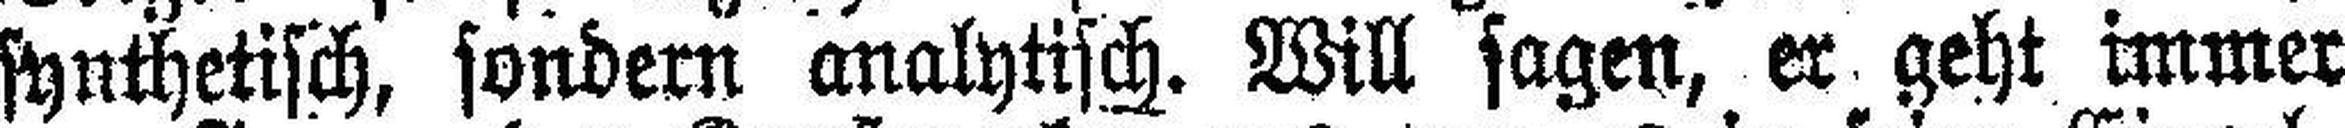
synthetisch, sondern analytisch. Will sagen, er geht immer